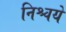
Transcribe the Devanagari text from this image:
निश्चये